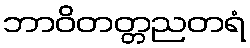
ဘာဝိတတ္တညတရံ